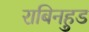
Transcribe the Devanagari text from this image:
राबिनहुड